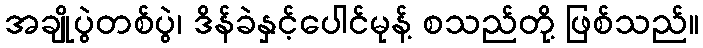
အချိုပွဲတစ်ပွဲ၊ ဒိန်ခဲနှင့်ပေါင်မုန့် စသည်တို့ ဖြစ်သည်။